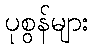
ပုစွန်များ